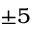
\pm 5